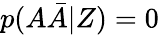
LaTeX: p(A{\bar{A}}|Z)=0